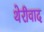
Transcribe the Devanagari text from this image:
थेरीवाद